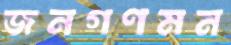
জনগণমন